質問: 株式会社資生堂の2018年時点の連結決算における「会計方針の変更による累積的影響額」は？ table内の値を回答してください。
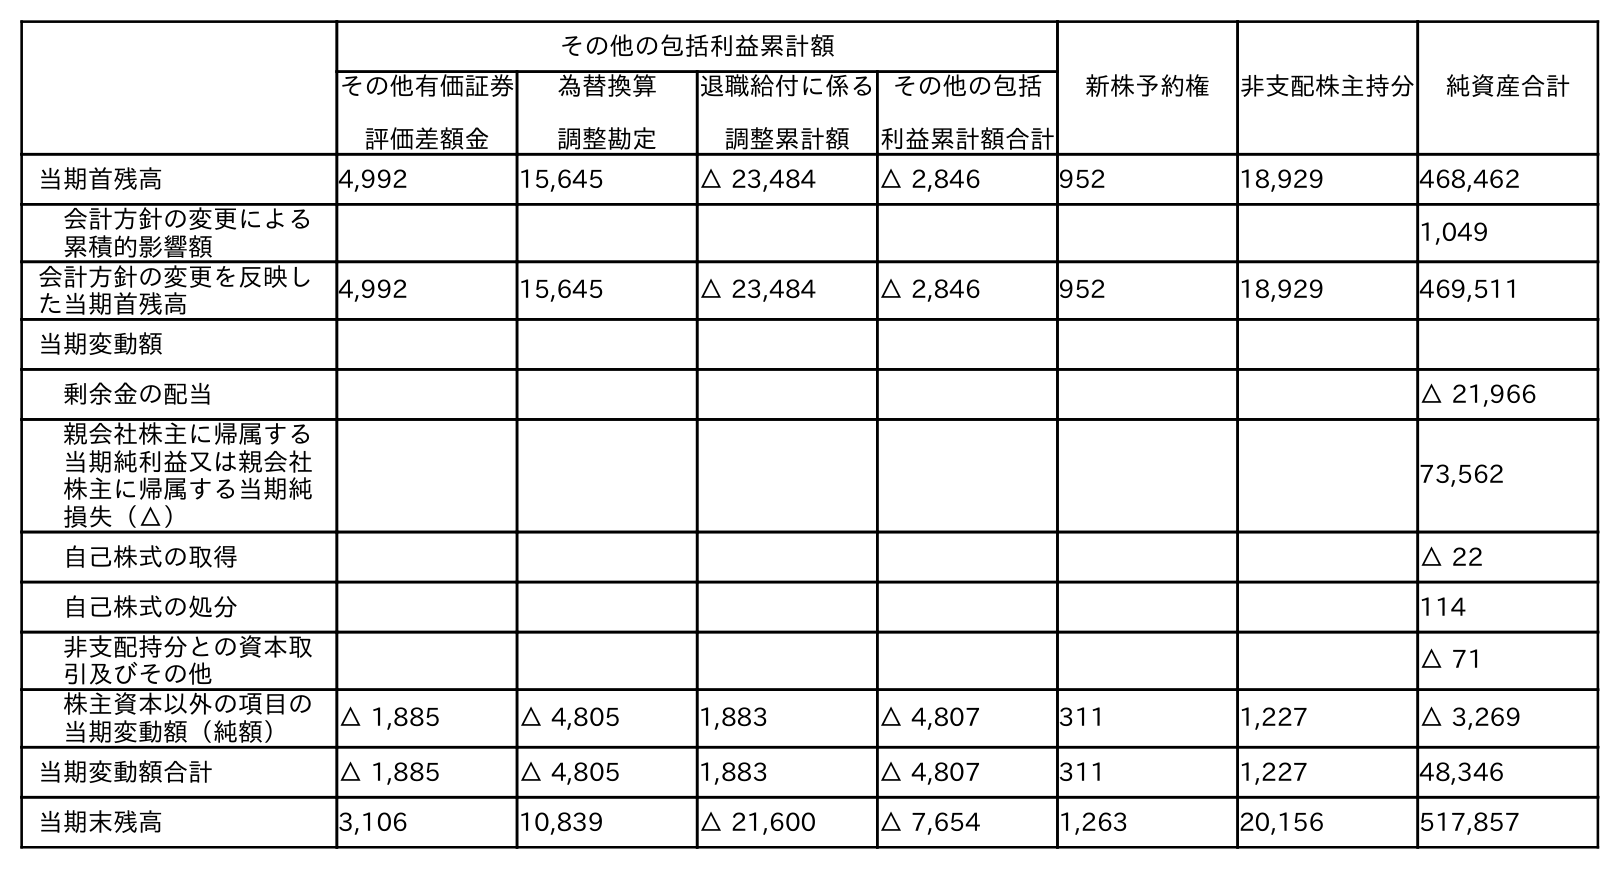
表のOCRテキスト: その他の包括利益累計額 新株予約権 非支配株主持分 純資産合計 その他有価証券 評価差額金 為替換算 調整勘定 退職給付に係る 調整累計額 その他の包括 利益累計額合計 当期首残高 4,992 15,645 △ 23,484 △ 2,846 952 18,929 468,462 会計方針の変更による 累積的影響額 1,049 会計方針の変更を反映し た当期首残高 4,992 15,645 △ 23,484 △ 2,846 952 18,929 469,511 当期変動額 剰余金の配当 △ 21,966 親会社株主に帰属する 当期純利益又は親会社 株主に帰属する当期純 損失（△） 73,562 自己株式の取得 △ 22 自己株式の処分 114 非支配持分との資本取 引及びその他 △ 71 株主資本以外の項目の 当期変動額（純額） △ 1,885 △ 4,805 1,883 △ 4,807 311 1,227 △ 3,269 当期変動額合計 △ 1,885 △ 4,805 1,883 △ 4,807 311 1,227 48,346 当期末残高 3,106 10,839 △ 21,600 △ 7,654 1,263 20,156 517,857
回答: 1,049